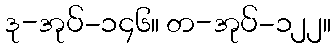
ဒု-အုပ်-၁၄၆။ တ-အုပ်-၁၂၂။